Report on vaccination in the Province of Bengal - 1869-1873
Year: 1869
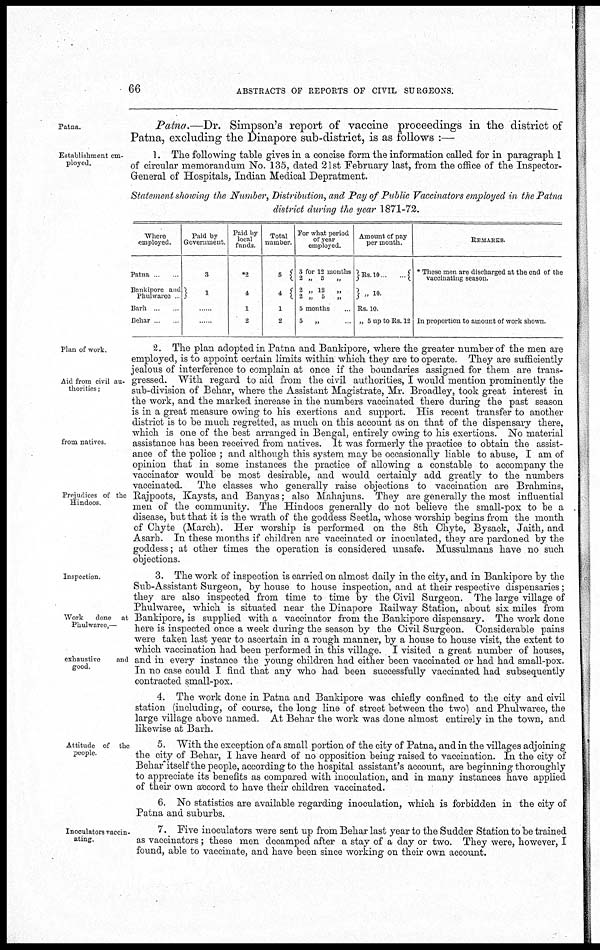
66
ABSTRACTS OF REPORTS OF CIVIL SURGEONS.
Patna.
Patna.—Dr. Simpson's report of vaccine proceedings in the district of
Patna, excluding the Dinapore sub-district, is as follows :—
Establishment em¬
ployed.
1. The following table gives in a concise form the information called for in paragraph 1
of circular memorandum No. 135, dated 21st February last, from the office of the Inspector-
General of Hospitals, Indian Medical Depratment.
Statement showing the Number, Distribution, and Pay of Public Vaccinators employed in the Patna
district during the year 1871-72.
Where
employed.
Patna
Bankipore and
Phulwalee
Barn
Behar
Paid by
Government.
3
1
Paid by
local
funds.
*2
4
1
2
Total
number.
5
4
1
2
For what period
of year
employed.
3 for 12 mouths
2 „ 5
„
2 „ 12
„
2 „ 5
„
5 months ..
5
„
Amount of pay
per month.
Rs. 10 ... ...
„ 10.
Rs.10.
„ 5 up to Rs. 12
REMARKS.
* These men are discharged at the end of the
vaccinating season.
In proportion to amount of work shown.
Plan of work.
Aid from civil au-
thorities ,
from natives
Prejudices of the
Hindoos
2. The plan adopted in Patna and Bankipore, where the greater number of the men are
employed, is to appoint certain limits within which they are to operate. They are sufficiently
jealous of interference to complain at once if the boundaries assigned for them are trans-
gressed. With regard to aid from the civil authorities, I would mention prominently the
sub-division of Behar, where the Assistant Magistrate, Mr. Broadley, took great interest in
the work, and the marked increase in the numbers vaccinated there during the past season
is in a great measure owing to his exertions and support. His recent transfer to another
district is to be much regretted, as much on this account as on that of the dispensary there,
which is one of the best arranged in Bengal, entirely owing to his exertions. No material
assistance has been received from natives. It was formerly the practice to obtain the assist-
ance of the police ; and although this system may be occasionally liable to abuse, I am of
opinion that in some instances the practice of allowing a constable to accompany the
vaccinator would be most desirable, and would certainly add greatly to the numbers
vaccinated.
The classes who generally raise objections to vaccination are Brahmins,
Rajpoots, Kaysts, and Banyas; also Mahajuns. They are generally the most influential
men of the community. The Hindoos generally do not believe the small-pox to be a
disease, but that it is the wrath of the goddess Seetla, whose worship begins from the month
of Chyte (March). Her worship is performed on the 8th Chyte, Bysack, Jaith, and
Asarh. In these months if children are vaccinated or inoculated, they are pardoned by the
goddess; at other times the operation is considered unsafe. Mussulmans have no such
objections.
Inspection
Work
done at
Phulwaree,—
exhaustive
and
good.
3. The work of inspection is carried on almost daily in the city, and in Bankipore by the
Sub-Assistant Surgeon, by house to house inspection, and at their respective dispensaries;
they are also inspected from time to time by the Civil Surgeon. The large village of
Phulwaree, which is situated near the Dinapore Railway Station, about six miles from
Bankipore, is supplied with a vaccinator from the Bankipore dispensary. The work done
here is inspected once a week during the season by the Civil Surgeon. Considerable pains
were taken last year to ascertain in a rough manner, by a house to house visit, the extent to
which vaccination had been performed in this village. I visited a great number of houses,
and in every instance the young children had either been vaccinated or had had small-pox.
In no case could I find that any who had been successfully vaccinated had subsequently
contracted small-pox.
4. The work done in Patna and Bankipore was chiefly confined to the city and civil
station (including, of course, the long line of street between the two) and Phulwaree, the
large village above named. At Behar the work was done almost entirely in the town, and
likewise at Barh.
Attitude of the
people.
5. With the exception of a small portion of the city of Patna, and in the villages adjoining
the city of Behar, I have heard of no opposition being raised to vaccination. In the city of
Behar itself the people, according to the hospital assistant's account, are beginning thoroughly
to appreciate its benefits as compared with inoculation, and in many instances have applied
of their own accord to have their children vaccinated.
6. No statistics are available regarding inoculation, which is forbidden in the city of
Patna and suburbs.
Inoculators vaccin-
ating.
7. Five inoculators were sent up from Behar last year to the Sudder Station to be trained
as vaccinators; these men decamped after a stay of a day or two. They were, however, I
found, able to vaccinate, and have been since working on their own account.